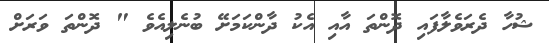
ޝުހާ ދެރަވެލާފައި ދޮންތަ އާއި އެކު ދާންކަމަށޭ ބުނެލިއެވެ " ދޮންތަ ވަރަށް